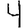
Digit: 4